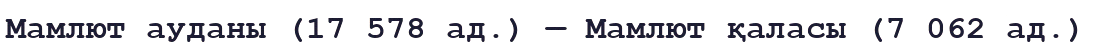
Мамлют ауданы (17 578 ад.) — Мамлют қаласы (7 062 ад.)